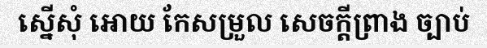
ស្នើសុំ អោយ កែសម្រួល សេចក្តីព្រាង ច្បាប់